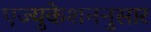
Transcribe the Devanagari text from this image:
एज्युकेशननुसार